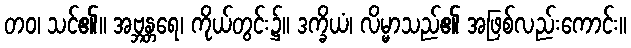
တဝ၊ သင်၏။ အဗ္ဘန္တရေ၊ ကိုယ်တွင်း၌။ ဒက္ခိယံ၊ လိမ္မာသည်၏ အဖြစ်လည်းကောင်း။